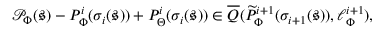
\begin{array} { r } { \mathcal { P } _ { \Phi } ( \boldsymbol { \mathfrak { s } } ) - P _ { \Phi } ^ { i } ( \sigma _ { i } ( \boldsymbol { \mathfrak { s } } ) ) + P _ { \Theta } ^ { i } ( \sigma _ { i } ( \boldsymbol { \mathfrak { s } } ) ) \in \overline { { Q } } ( \widetilde { P } _ { \Phi } ^ { i + 1 } ( \sigma _ { i + 1 } ( \boldsymbol { \mathfrak { s } } ) ) , \ell _ { \Phi } ^ { i + 1 } ) , } \end{array}